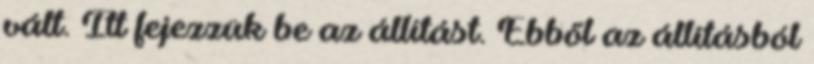
vált. Itt fejezzük be az állítást. Ebből az állításból